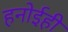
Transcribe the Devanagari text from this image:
हनोईही